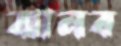
ঝালব